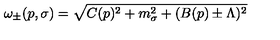
\omega _ { \pm } ( p , \sigma ) = \sqrt { C ( p ) ^ { 2 } + m _ { \sigma } ^ { 2 } + ( B ( p ) \pm \Lambda ) ^ { 2 } }